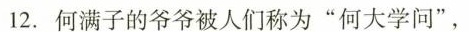
12.何满子的爷爷被人们称为”何大学问”，